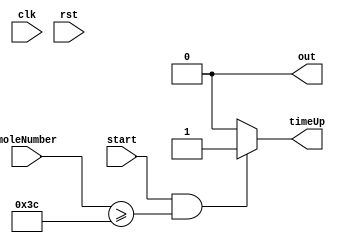
/*
   This file was generated automatically by the Mojo IDE version B1.3.6.
   Do not edit this file directly. Instead edit the original Lucid source.
   This is a temporary file and any changes made to it will be destroyed.
*/

module timeKeeper_9 (
    input clk,
    input rst,
    output reg out,
    input start,
    input [5:0] moleNumber,
    output reg timeUp
  );
  
  
  
  always @* begin
    out = 1'h0;
    if (start == 1'h1 && moleNumber >= 6'h3c) begin
      timeUp = 1'h1;
    end else begin
      timeUp = 1'h0;
    end
  end
endmodule